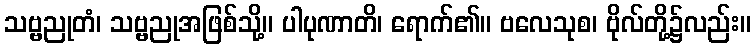
သဗ္ဗညုတံ၊ သဗ္ဗညုအဖြစ်သို့။ ပါပုဏာတိ၊ ရောက်၏။ ဗလေသုစ၊ ဗိုလ်တို့၌လည်း။